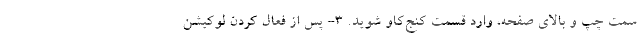
سمت چپ و بالای صفحه، وارد قسمت کنج‌کاو شوید. ۳- پس از فعال کردن لوکیشن